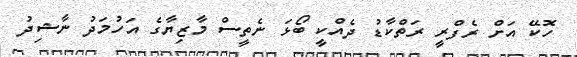
ހޮކޭ އަށް ރެފްރީ ރަތްކާޑު ދެއްކީ ބޯޅަ ނެތީސް މާޒިޔާގެ އަހުމަދު ނާޝިދު